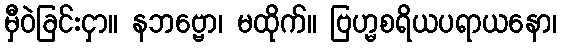
မှီဝဲခြင်းငှာ။ နဘဗ္ဗော၊ မထိုက်။ ဗြဟ္မစရိယပရာယနော၊